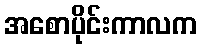
အစောပိုင်းကာလက